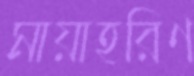
মায়াহরিণ